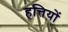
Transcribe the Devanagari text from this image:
हत्तियों